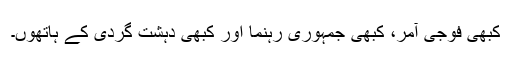
کبھی فوجی آمر، کبھی جمہوری رہنما اور کبھی دہشت گردی کے ہاتھوں۔